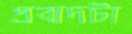
প্রবাদটা